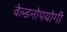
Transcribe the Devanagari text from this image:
वेल्डनोपयोगी